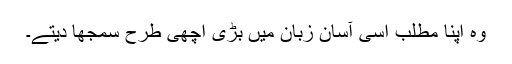
وہ اپنا مطلب اسی آسان زبان میں بڑی اچھی طرح سمجھا دیتے۔